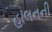
હાલનની